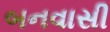
બનવાસી